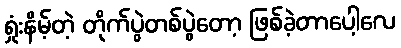
ရှုံးနိမ့်တဲ့ တိုက်ပွဲတစ်ပွဲတော့ ဖြစ်ခဲ့တာပေါ့လေ